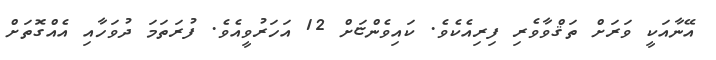
އޭނާއަކީ ވަރަށް ތަޤްވާވެރި ފިރިއެކެވެ. ކައިވެންޏަށް 12 އަހަރުވީއެވެ. ފުރަތަމަ ދުވަހާއި އެއްގޮތަށް